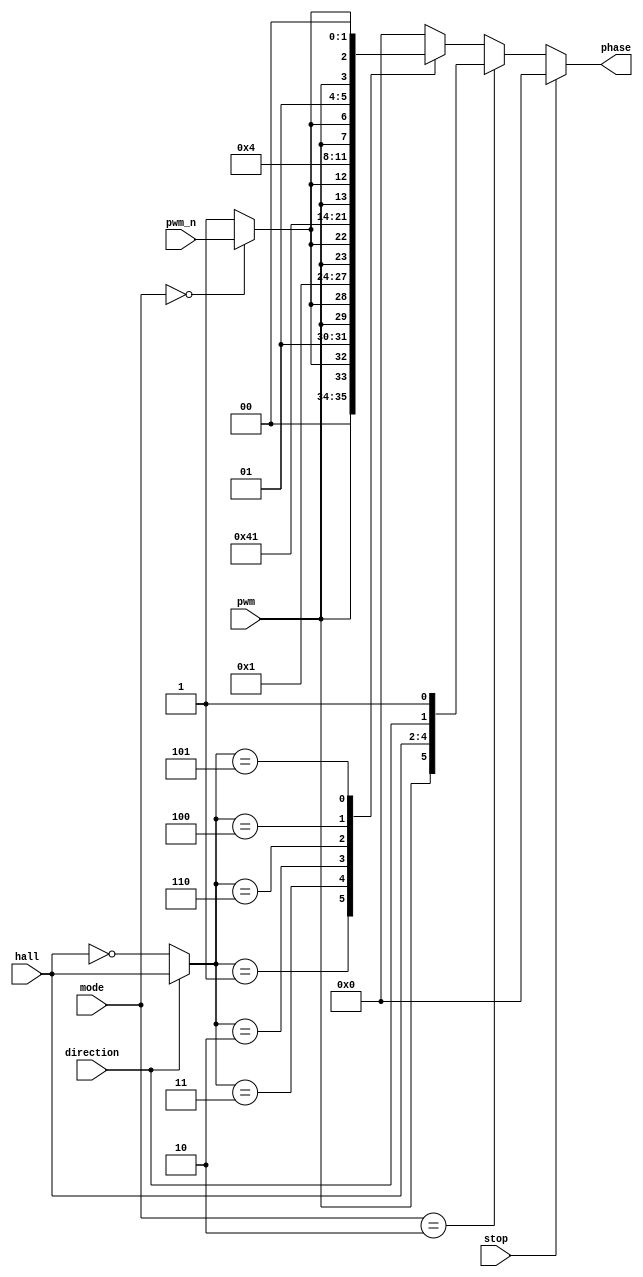
module servo_3phase_pwm 
 (
    mode,
    stop,
    direction,

    hall, // a, b, c
    pwm,
    pwm_n,

    // ha, la, hb, lb, hc, lc
    phase
);

input [1:0] mode; //0-6x, 1-3x, 2-1x
input stop;
input direction;
input [2:0] hall;
input pwm;
input pwm_n;
output reg [5:0] phase;


wire pulse_n;

assign pulse_n = (mode == 0)? pwm_n: 1'b1;

always @(*) begin
    if (stop) begin
        phase = 0;
    end else begin
        if (mode == 2) begin
            phase <= {pwm, hall[2], hall[1], hall[0], direction, 1'b1};
        end else begin
            case (direction? hall: ~hall)
                3'b001: // b->c
                    phase <= {2'b00, pwm, pulse_n, 2'b01};
                3'b011: // a->c
                    phase <= {pwm, pulse_n, 2'b00 , 2'b01};
                3'b010: // a->b
                    phase <= {pwm, pulse_n, 2'b01 , 2'b00};
                3'b110: // c->b
                    phase <= {2'b00 , 2'b01, pwm, pulse_n};
                3'b100: // c->a
                    phase <= {2'b01 , 2'b00, pwm, pulse_n};
                3'b101: // b->a
                    phase <= {2'b01 , pwm, pulse_n, 2'b00};
                default: 
                    phase <= 0;
            endcase
        end
    end
end


endmodule